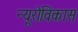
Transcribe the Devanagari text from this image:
न्यूरोविकास